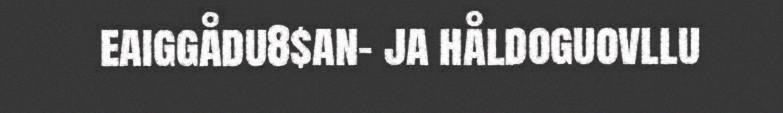
eaiggådu8$an- ja håldoguovllu